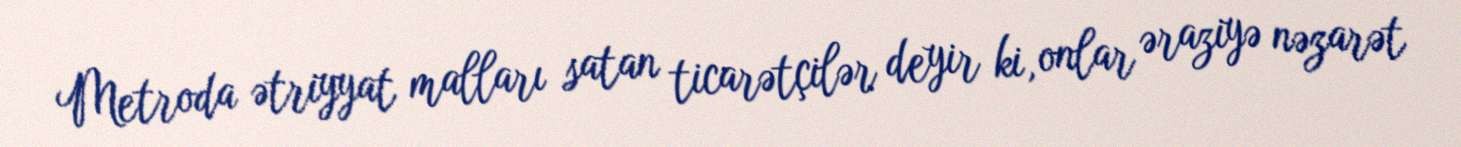
Metroda ətriyyat malları satan ticarətçilər deyir ki, onlar əraziyə nəzarət